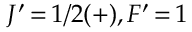
J ^ { \prime } \, { = } \, 1 / 2 ( + ) , F ^ { \prime } \, { = } \, 1